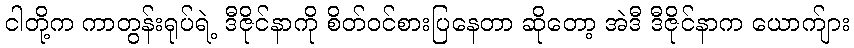
ငါတို့က ကာတွန်းရုပ်ရဲ့ ဒီဇိုင်နာကို စိတ်ဝင်စားပြနေတာ ဆိုတော့ အဲဒီ ဒီဇိုင်နာက ယောက်ျား